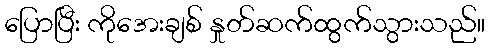
ပြောပြီး ကိုအေးချစ် နှုတ်ဆက်ထွက်သွားသည်။